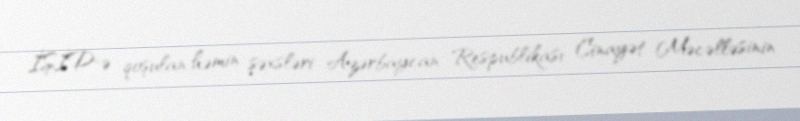
İŞİD-ə qoşulan həmin şəxsləri Azərbaycan Respublikası Cinayət Məcəlləsinin